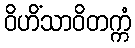
ဝိဟိံသာဝိတက္ကံ